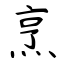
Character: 烹